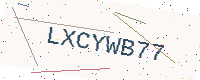
Text: LXCYWB77